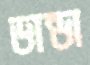
ডান্ডা